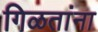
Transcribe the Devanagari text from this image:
गिळतांना